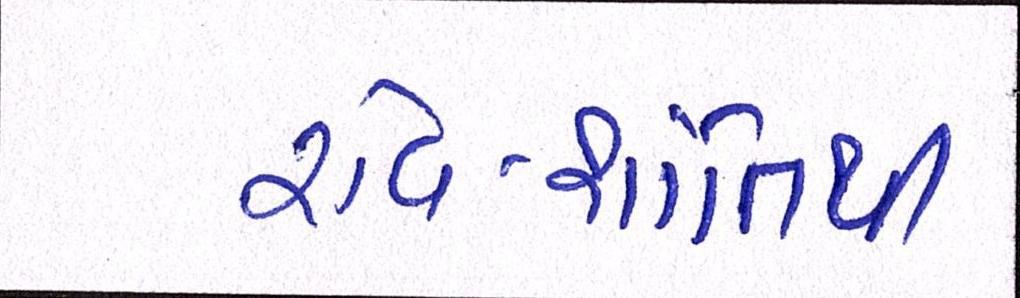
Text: રવિ-શાંતિથી